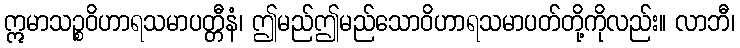
ဣမာသဉ္စဝိဟာရသမာပတ္တီနံ၊ ဤမည်ဤမည်သောဝိဟာရသမာပတ်တို့ကိုလည်း။ လာဘီ၊